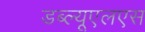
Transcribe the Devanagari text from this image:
डब्ल्यूएलएस